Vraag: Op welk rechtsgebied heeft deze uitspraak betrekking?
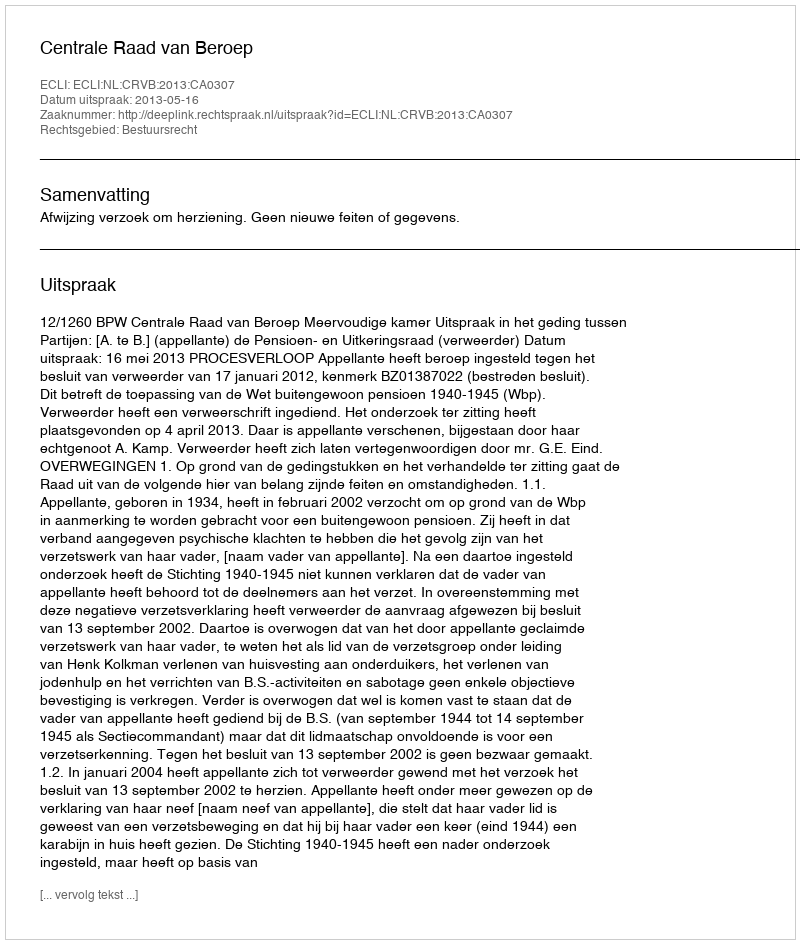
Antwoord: Bestuursrecht